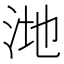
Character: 𪵸